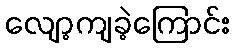
လျော့ကျခဲ့ကြောင်း